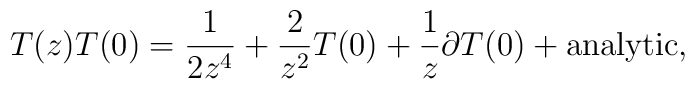
T(z) T(0) = \frac{1}{2 z^4} + \frac{2}{z^2} T(0) + \frac{1}{z}\partial T(0) + {\rm analytic},